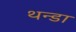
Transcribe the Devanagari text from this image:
थन्डा